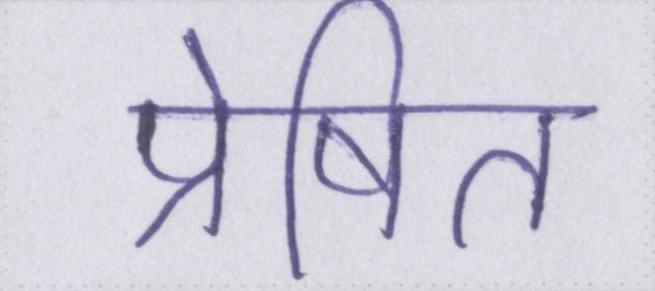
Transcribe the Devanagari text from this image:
प्रेषित